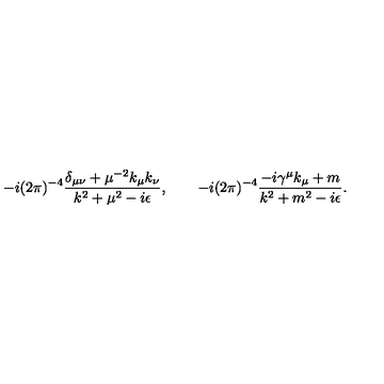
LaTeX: - i ( 2 \pi ) ^ { - 4 } { \frac { \delta _ { \mu \nu } + \mu ^ { - 2 } k _ { \mu } k _ { \nu } } { k ^ { 2 } + \mu ^ { 2 } - i \epsilon } } , \qquad - i ( 2 \pi ) ^ { - 4 } { \frac { - i \gamma ^ { \mu } k _ { \mu } + m } { k ^ { 2 } + m ^ { 2 } - i \epsilon } } .